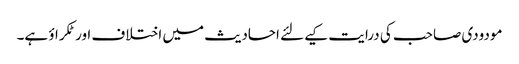
مودودی صاحب کی درایت کیےلئے احادیث میں اختلاف اور ٹکراؤ ہے۔